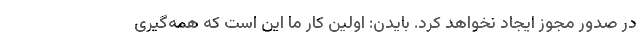
در صدور مجوز ایجاد نخواهد کرد. بایدن: اولین کار ما این است که همه‌گیری